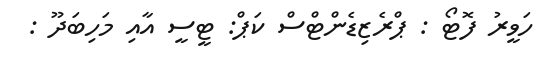
ހަވީރު ފޮޓޯ : ޕްރެޒިޑެންޓްސް ކަޕް: ޓީސީ އާއި މަހިބަދޫ :